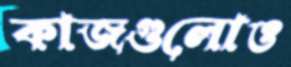
কাজগুলোও